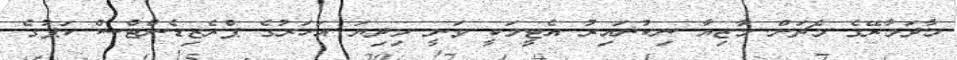
މާދަމާރޭގެ މެޗަށް މާޒިޔާ ނިކުނައިރު އެޓީމަކީ ވަނީ މިދިޔަ އަހަރުގެ ޕްރެޒިޑެންޓްސް ކަޕުގެ